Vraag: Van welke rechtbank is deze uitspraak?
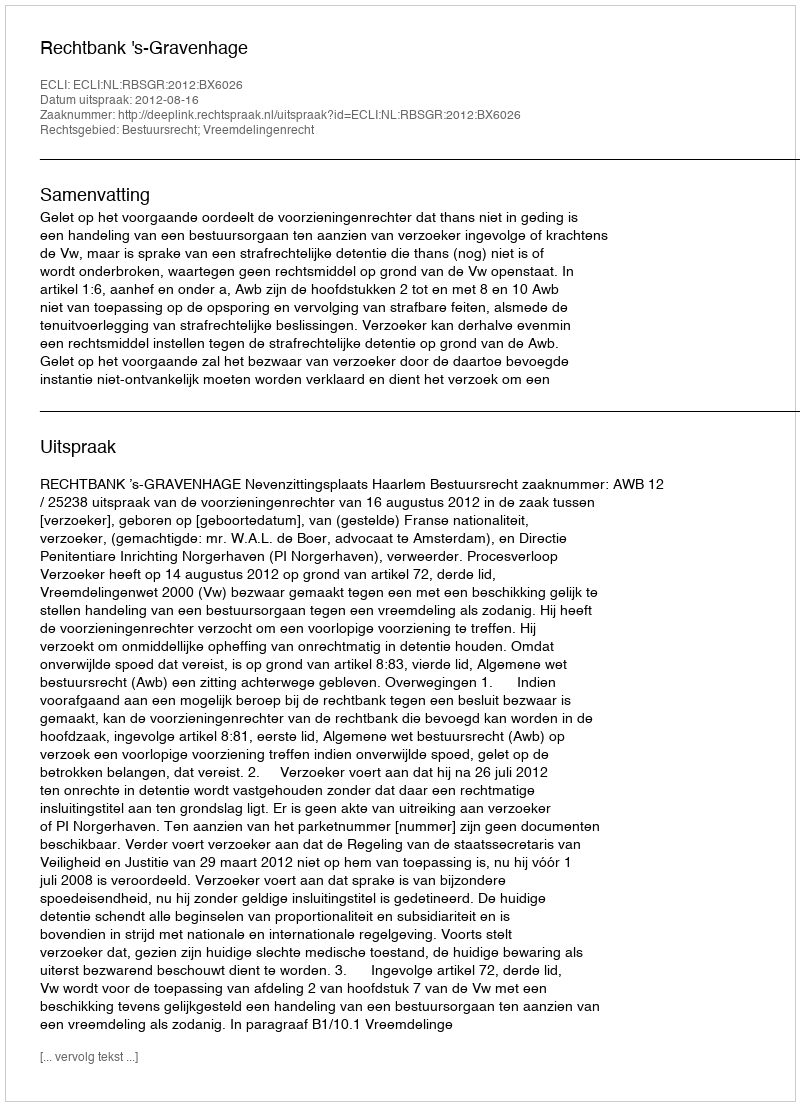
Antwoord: Rechtbank 's-Gravenhage